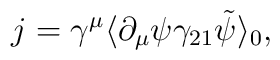
j = \gamma^{\mu}\langle\partial_{\mu}\psi\gamma_{21}\tilde{\psi}\rangle_0 ,